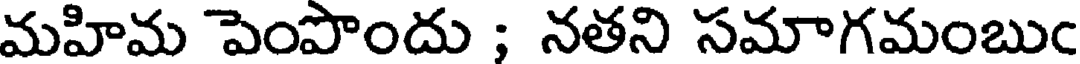
మహిమ పెంపొందు ; నతని సమాగమంబుం